Document type: Sale
Year: 1323
Scribe: Guillem Coscoll
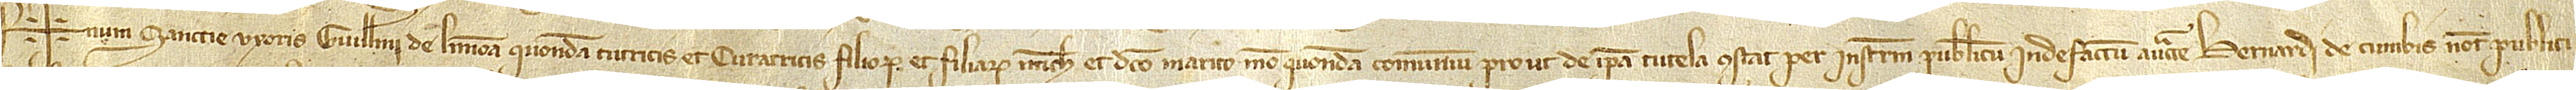
Sig+num Sanctie, uxoris Guillelmi de Limona, quondam, tutricis et curatricis filiorum et filiarum michi et dicto marito meo, quondam, comunium, prout de ipsa tutela constat per instrumentum publicum inde factum auctoritate Bernardi de Cumbis, notarii publici